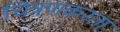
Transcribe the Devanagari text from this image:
चित्रणकरता